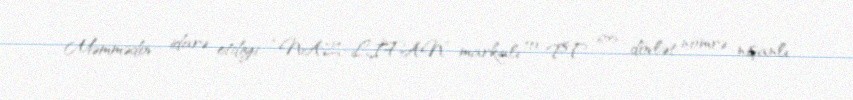
Məmmədov idarə etdiyi “NAZ-LİFAN” markalı 10 PT 655 dövlət nömrə nişanlı